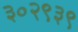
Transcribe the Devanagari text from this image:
३०२९३९